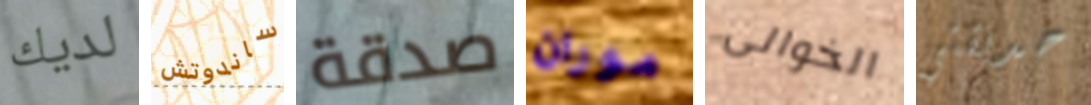
لديك ساندوتش صدقة موران الخوالى حديقتي